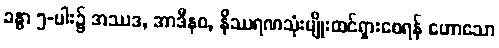
ခန္ဓာ ၅-ပါး၌ အဿဒ, အာဒီနဝ, နိဿရဏသုံးမျိုးထင်ရှားစေရန် ဟောသော